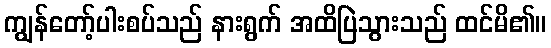
ကျွန်တော့်ပါးစပ်သည် နားရွက် အထိပြဲသွားသည် ထင်မိ၏။